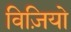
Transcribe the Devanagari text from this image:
विज़ियो